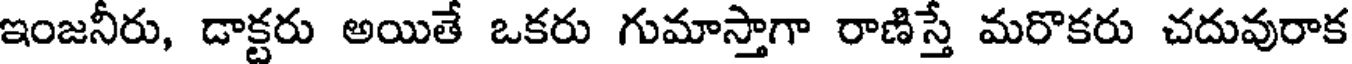
ఇంజనీరు, డాక్టరు అయితే ఒకరు గుమాస్తాగా రాణిస్తే మరొకరు చదువురాక